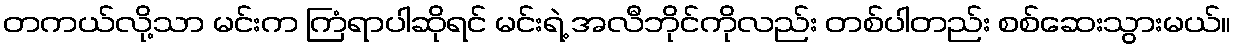
တကယ်လို့သာ မင်းက ကြံရာပါဆိုရင် မင်းရဲ့ အလီဘိုင်ကိုလည်း တစ်ပါတည်း စစ်ဆေးသွားမယ်။